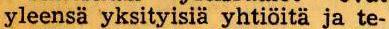
yleensä yksityisiä yhtiöitä ja te-